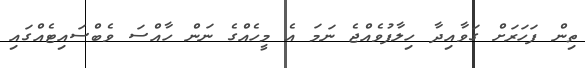
ތިން ފަހަަރަށް ގަވާއިދާ ހިލާފުވެއްޖެ ނަމަ އެ މީހެއްގެ ނަން ހާއްސަ ވެބްސައިޓެއްގައި